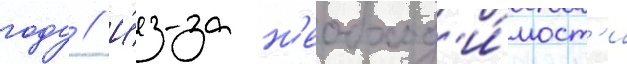
году // И́з-за н'еобход'и́мост'и